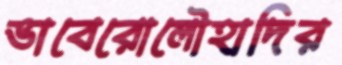
ভাবেরোলৌহাদির